Report of the Indian Hemp Drugs Commission, 1894-1895 - Volume IV
Year: 1894
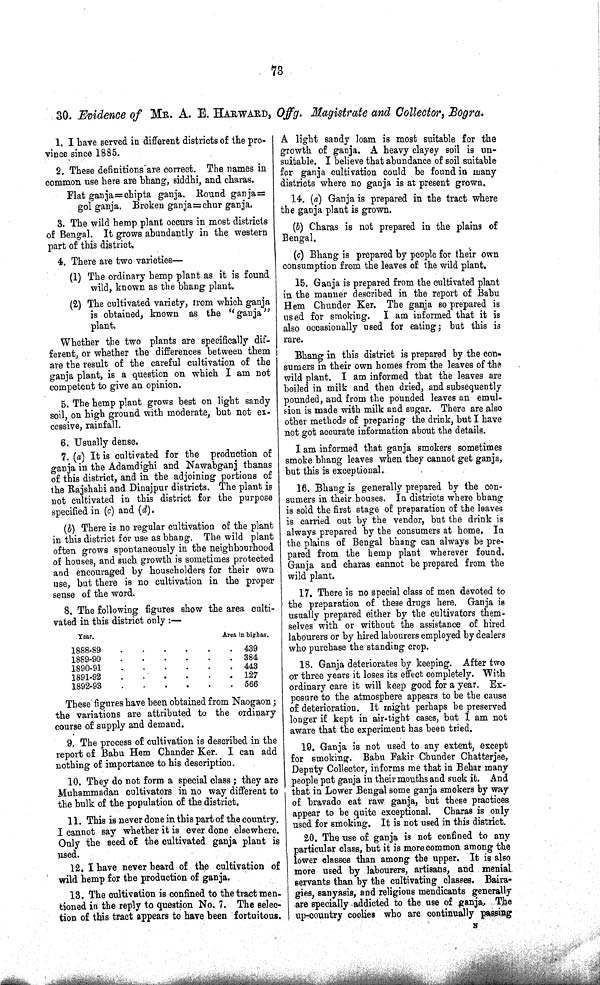
73
30. Evidence of MR. A. E. HARWARD, Offg. Magistrate and Collector, Bogra.
1. I have served in different districts of the pro¬
vince since 1885.
2. These definitions are correct. The names in
common use here are bhang, siddhi, and charas.
Flat ganja=chipta ganja. Round ganja=
gol ganja. Broken ganja=chur ganja.
3. The wild hemp plant occurs in most districts
of Bengal. It grows abundantly in the western
part of this district.
4. There are two varieties—
(1) The ordinary hemp plant as it is found
wild, known as the bhang plant.
(2) The cultivated variety, from which ganja
is obtained, known as the "ganja"
plant.
Whether the two plants are specifically dif¬
ferent, or whether the differences between them
are the result of the careful cultivation of the
ganja plant, is a question on which I am not
competent to give an opinion.
5. The hemp plant grows best on light sandy
soil, on high ground with moderate, but not ex¬
cessive, rainfall.
6. Usually dense.
7. (a) It is cultivated for the production of
ganja in the Adamdighi and Nawabganj thanas
of this district, and in the adjoining portions of
the Rajshabi and Dinajpur districts. The plant is
not cultivated in this district for the purpose
specified in (c) and (d).
(b) There is no regular cultivation of the plant
in this district for use as bhang. The wild plant
often grows spontaneously in the neighbourhood
of houses, and such growth is sometimes protected
and encouraged by householders for their own
use, but there is no cultivation in the proper
sense of the word.
8. The following figures show the area culti¬
vated in this district only:—
Year.
Area in bighas.
1888-89
439
1889-90
384
1890-91
443
1891-92
127
1892-93
566
These figures have been obtained from Naogaon;
the variations are attributed to the ordinary
course of supply and demand.
9. The process of cultivation is described in the
report of Babu Hem Chander Ker. I can add
nothing of importance to his description.
10. They do not form a special class; they are
Muhammadan cultivators in no way different to
the bulk of the population of the district.
11. This is never done in this part of the country.
I cannot say whether it is ever done elsewhere.
Only the seed of the cultivated ganja plant is
used.
12. I have never heard of the cultivation of
wild hemp for the production of ganja.
13. The cultivation is confined to the tract men¬
tioned in the reply to question No. 7. The selec¬
tion of this tract appears to have been fortuitous.
A light sandy loam is most suitable for the
growth of ganja. A heavy clayey soil is un¬
suitable. I believe that abundance of soil suitable
for ganja cultivation could be found in many
districts where no ganja is at present grown.
14. (a) Ganja is prepared in the tract where
the ganja plant is grown.
(b) Charas is not prepared in the plains of
Bengal.
(c) Bhang is prepared by people for their own
consumption from the leaves of the wild plant.
15. Ganja is prepared from the cultivated plant
in the manner described in the report of Babu
Hem Chunder Ker. The ganja so prepared is
used for smoking. I am informed that it is
also occasionally used for eating; but this is
rare.
Bhang in this district is prepared by the con¬
sumers in their own homes from the leaves of the
wild plant. I am informed that the leaves are
boiled in milk and then dried, and subsequently
pounded, and from the pounded leaves an emul¬
sion is made with milk and sugar. There are also
other methods of preparing the drink, but I have
not got accurate information about the details.
I am informed that ganja smokers sometimes
smoke bhang leaves when they cannot get ganja,
but this is exceptional.
16. Bhang is generally prepared by the con¬
sumers in their houses. In districts where bhang
is sold the first stage of preparation of the leaves
is carried out by the vendor, but the drink is
always prepared by the consumers at home. In
the plains of Bengal bhang can always be pre¬
pared from the hemp plant wherever found.
Ganja and charas cannot be prepared from the
wild plant.
17. There is no special class of men devoted to
the preparation of these drugs here. Ganja is
usually prepared either by the cultivators them¬
selves with or without the assistance of hired
labourers or by hired labourers employed by dealers
who purchase the standing crop.
18. Ganja deteriorates by keeping. After two
or three years it loses its effect completely. With
ordinary care it will keep good for a year. Ex¬
posure to the atmosphere appears to be the cause
of deterioration. It might perhaps be preserved
longer if kept in air-tight cases, but I am not
aware that the experiment has been tried.
19. Ganja is not used to any extent, except
for smoking. Babu Fakir Chunder Chatterjee,
Deputy Collector, informs me that in Behar many
people put ganja in their mouths and suck it. And
that in Lower Bengal some ganja smokers by way
of bravado eat raw ganja, but these practices
appear to be quite exceptional. Charas is only
used for smoking. It is not used in this district.
20. The use of ganja is not confined to any
particular class, but it is more common among the
lower classes than among the upper. It is also
more used by labourers, artisans, and menial
servants than by the cultivating classes. Baira-
gies, sanyasis, and religious mendicants generally
are specially addicted to the use of ganja. The
up-country coolies who are continually passing
N